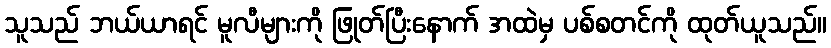
သူသည် ဘယ်ယာရင် မူလီများကို ဖြုတ်ပြီးနောက် အထဲမှ ပစ်စတင်ကို ထုတ်ယူသည်။